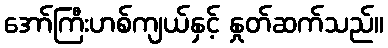
အော်ကြီးဟစ်ကျယ်နှင့် နှုတ်ဆက်သည်။